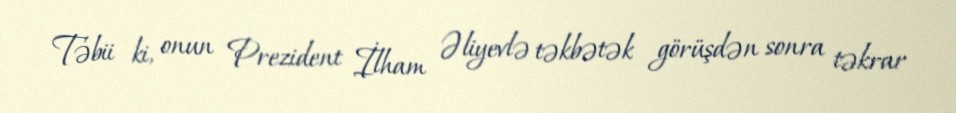
Təbii ki, onun Prezident İlham Əliyevlə təkbətək görüşdən sonra təkrar